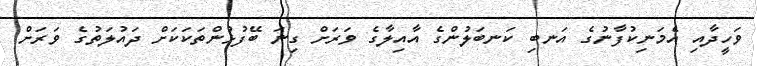
ވަހީދާއި އެމަނިކުފާނުގެ އަނބި ކަނބަލުންގެ އާއިލާގެ ވަރަށް ގިނަ ބޭފުޅުންތަކަކަށް ދައުލަތުގެ ވަރަށް